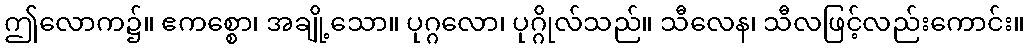
ဤလောက၌။ ဧကစ္စော၊ အချို့သော။ ပုဂ္ဂလော၊ ပုဂ္ဂိုလ်သည်။ သီလေန၊ သီလဖြင့်လည်းကောင်း။